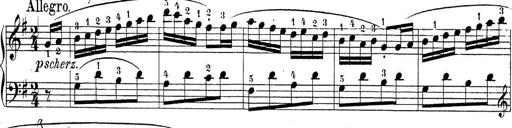
Title: Sonatina Album
Composer: Louis KÃ¶hler